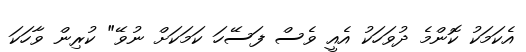
އެކަމަކު ކޮންމެ ދުވަހަކު އެއީ ވެސް ފަސޭހަ ކަމަކަށް ނުވޭ" ކުރިން ވާހަކަ